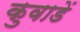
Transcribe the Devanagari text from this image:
कुवाडें